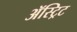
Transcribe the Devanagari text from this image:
ॲस्ट्रिट